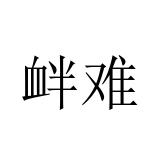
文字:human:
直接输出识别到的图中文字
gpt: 衅难